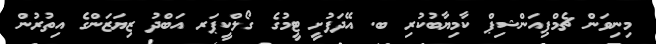
މިނިވަން ޗެމްޕިއަންޝިޕް ކާމިޔާބުކުރި ބ. އޭދަފުށީ ޓީމުގެ ގޯލްކީޕަރ އަބްދު ޒިޔަޒަންގެ އިތުރުން